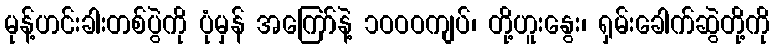
မုန့်ဟင်းခါးတစ်ပွဲကို ပုံမှန် အကြော်နဲ့ ၁ဝဝဝကျပ်၊ တို့ဟူးနွေး၊ ရှမ်းခေါက်ဆွဲတို့ကို